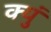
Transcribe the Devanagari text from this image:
क्युं